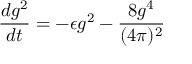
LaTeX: \frac { d g ^ { 2 } } { d t } = - \epsilon g ^ { 2 } - \frac { 8 g ^ { 4 } } { ( 4 \pi ) ^ { 2 } }